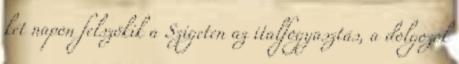
két napon felszökik a Szigeten az italfogyasztás, a dolgozók